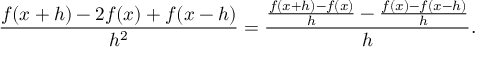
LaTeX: { \frac { f ( x + h ) - 2 f ( x ) + f ( x - h ) } { h ^ { 2 } } } = { \frac { { \frac { f ( x + h ) - f ( x ) } { h } } - { \frac { f ( x ) - f ( x - h ) } { h } } } { h } } .